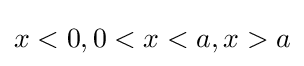
x<0,0<x<a,x>a